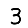
Digit: 3